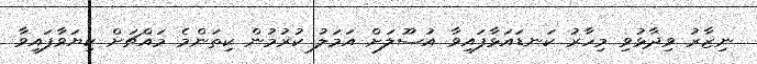
ނިޒާރު ވިދާޅުވި މިހާރު ކަނޑައަޅާފައިވާ އުސޫލަށް އަމަލު ކުރުމުން ކިތަންމެ މައްޗަށް ކިޔަވާފައިވާ